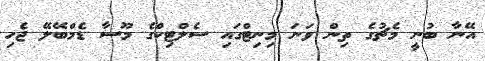
އޭނާ ބުނީ މެޗުގެ ތިން ވަނަ މިނިޓްގައި ސެލްޓިކްގެ މޫސާ ޑެމްބޭލޭ ޖެހި